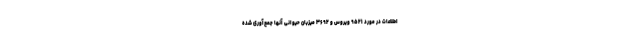
اطلاعات در مورد ۹۵۲۱ ویروس و ۳۶۹۲ میزبان حیوانی آنها جمع‌آوری شده